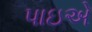
પાઇએ